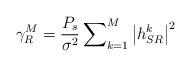
LaTeX: \begin{align*}{\gamma _{R}^M} = \frac{{{P_s}}}{{{\sigma ^2}}}\sum\nolimits_{k = 1}^M {{{\left| {h_{SR}^k} \right|}^2}}\end{align*}